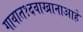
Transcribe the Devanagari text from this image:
गावात१दवाखानाआहे